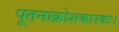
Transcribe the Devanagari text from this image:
पूतनाक्रोशकारकः।